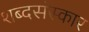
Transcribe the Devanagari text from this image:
शब्दसंस्कार